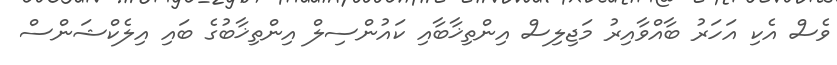
ވެސް އެކި އަހަރު ބާއްވާއިރު މަޖިލިސް އިންތިޚާބާއި ކައުންސިލް އިންތިޚާބުގެ ބައި އިލެކްޝަންސް